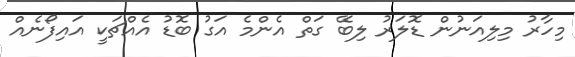
މިހާރު މިލިއަނުން ޑޮލަރު ލިބޭ ގަތް އެންމެ އަގު ބޮޑު އެއްޗަކީ އައިފޯނެއް